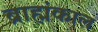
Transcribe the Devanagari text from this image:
ब्राह्मंकाल